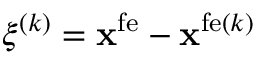
\boldsymbol \xi ^ { ( k ) } = { \bf x } ^ { \mathrm { f e } } - { \bf x } ^ { \mathrm { f e } ( k ) }